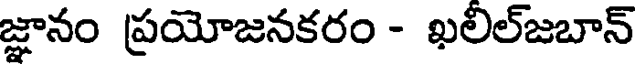
జ్ఞానం ప్రయోజనకరం - ఖలిల్జబాన్